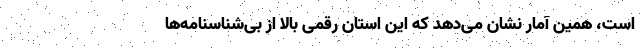
است، همین آمار نشان می‌دهد که این استان رقمی بالا از بی‌شناسنامه‌ها